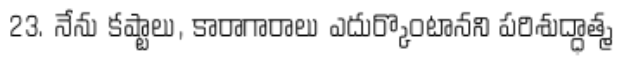
23. నేను కష్టాలు, కారాగారాలు ఎదుర్కొంటానని పరిశుద్ధాత్మ